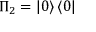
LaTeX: \Pi _ { 2 } = \left\vert 0 \right\rangle \left\langle 0 \right\vert